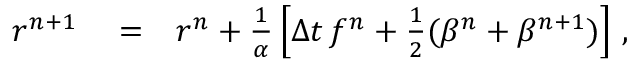
\begin{array} { r l r } { r ^ { n + 1 } } & { { } = } & { r ^ { n } + \frac { 1 } { \alpha } \left[ \Delta { t } \, f ^ { n } + \frac { 1 } { 2 } ( \beta ^ { n } + \beta ^ { n + 1 } ) \right] \, , } \end{array}